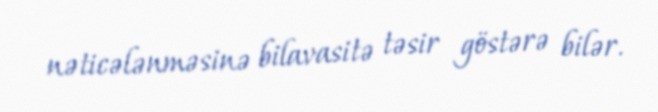
nəticələnməsinə bilavasitə təsir göstərə bilər.